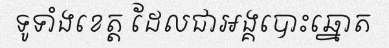
ទូទាំងខេត្ត ដែលជាអង្គបោះឆ្នោត